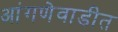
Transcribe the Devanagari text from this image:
आंगणेवाडीत